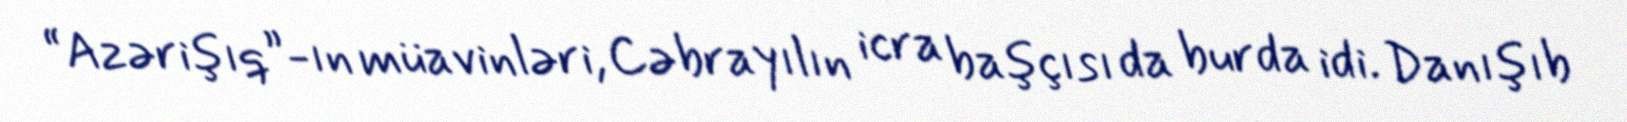
“Azərişıq”-ın müavinləri, Cəbrayılın icra başçısı da burda idi. Danışıb